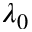
\lambda _ { 0 }